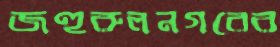
জহুরুলনগরের